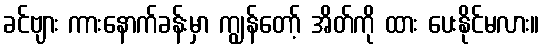
ခင်ဗျား ကားနောက်ခန်းမှာ ကျွန်တော့် အိတ်ကို ထား ပေးနိုင်မလား။